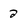
Character: 2